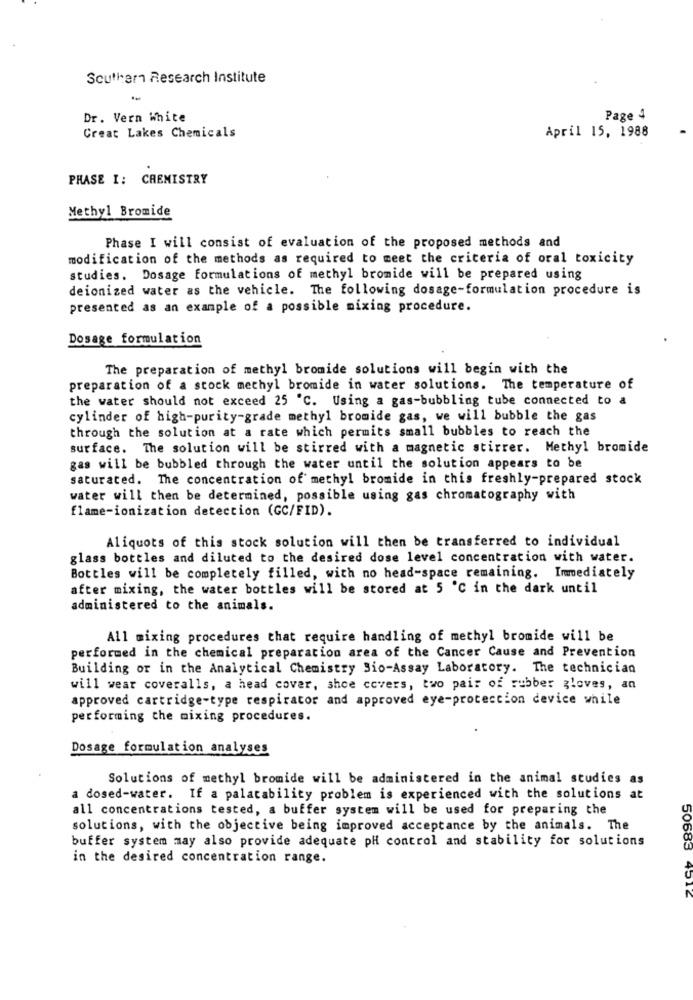
Southern Research Institute
Dr. Vern White
Page 4
Great Lakes Chemicals
April 15, 1988
PHASE I: CHEMISTRY
Methyl Bromide
Phase I will consist of evaluation of the proposed methods and
modification of the methods as required to meet the criteria of oral toxicity
studies. Dosage formulations of methyl bromide will be prepared using
deionized water as the vehicle. The following dosage-formulation procedure is
presented as an example of a possible mixing procedure.
Dosage formulation
The preparation of methyl bromide solutions will begin with the
preparation of a stock methyl bromide in water solutions. The temperature of
the water should not exceed 25 ℃. Using a gas-bubbling tube connected to a
cylinder of high-purity-grade methyl bromide gas, we will bubble the gas
through the solution at a rate which permits small bubbles to reach the
surface. The solution will be stirred with a magnetic stirrer. Methyl bromide
gas will be bubbled through the water until the solution appears to be
saturated. The concentration of methyl bromide in this freshly-prepared stock
water will then be determined, possible using gas chromatography with
flame-ionization detection (GC/FID).
Aliquots of this stock solution will then be transferred to individual
glass bottles and diluted to the desired dose level concentration with water.
Bottles will be completely filled, with no head-space remaining. Immediately
after mixing, the water bottles will be stored at 5 ℃ in the dark until
administered to the animals.
All mixing procedures that require handling of methyl bromide will be
performed in the chemical preparation area of the Cancer Cause and Prevention
Building or in the Analytical Chemistry Bio-Assay Laboratory. The technician
will wear coveralls, a head cover, shoe covers, two pair of rubber gloves, an
approved cartridge-type respirator and approved eye-proteccion device while
performing the mixing procedures.
Dosage formulation analyses
Solutions of methyl bromide will be administered in the animal studies as
dosed-water. If a palatability problem is experienced with the solutions at
all concentrations tested, a buffer system will be used for preparing the
solutions, with the objective being improved acceptance by the animals. The
buffer system may also provide adequate pH control and stability for solutions
in the desired concentration range.
50683 4514